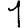
Digit: 1